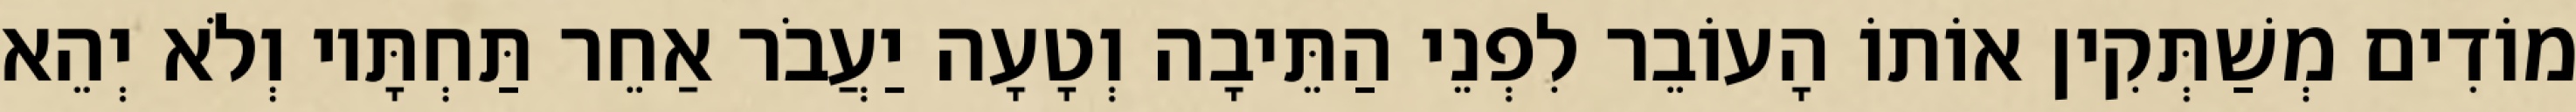
מוֹדִים מְשַׁתְּקִין אוֹתוֹ הָעוֹבֵר לִפְנֵי הַתֵּיבָה וְטָעָה יַעֲבֹר אַחֵר תַּחְתָּיו וְלֹא יְהֵא